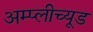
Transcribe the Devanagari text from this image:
अम्प्लीच्यूड